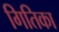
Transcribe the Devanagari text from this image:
गितिका